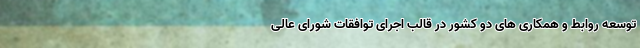
توسعه روابط و همکاری های دو کشور در قالب اجرای توافقات شورای عالی